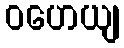
ဝဟေယျ